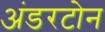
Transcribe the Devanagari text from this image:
अंडरटोन